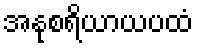
အနုစရိယာယပထံ